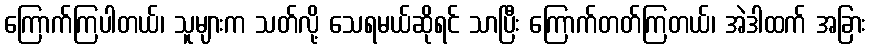
ကြောက်ကြပါတယ်၊ သူများက သတ်လို့ သေရမယ်ဆိုရင် သာပြီး ကြောက်တတ်ကြတယ်၊ အဲဒါထက် အခြား